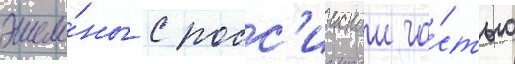
эшело́ны с росс'иискои ча́стью